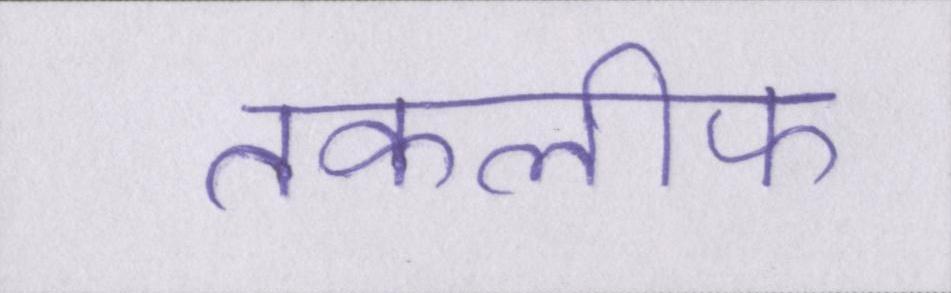
तकलीफ